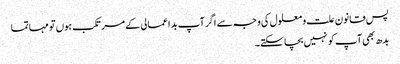
پس قانون علت و معلول کی وجہ سے اگر آپ بد اعمالی کے مرتکب ہوں تو مہاتما
بدھ بھی آپ کو نہیں بچا سکتے۔